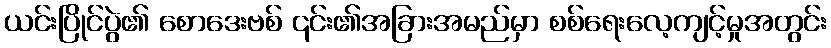
ယင်းပြိုင်ပွဲ၏ စောဒေးဗစ် ၎င်း၏အခြားအမည်မှာ စစ်ရေးလေ့ကျင့်မှုအတွင်း